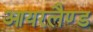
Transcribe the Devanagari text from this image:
आयरलैण्‍ड